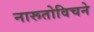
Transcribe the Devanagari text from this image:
नारूतोविचने